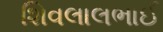
શિવલાલભાઈ